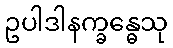
ဥပါဒါနက္ခန္ဓေသု